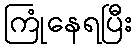
ကြုံနေရပြီး